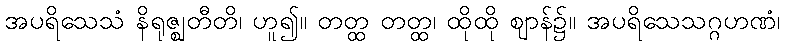
အပရိသေသံ နိရုဇ္ဈတီတိ၊ ဟူ၍။ တတ္ထ တတ္ထ၊ ထိုထို ဈာန်၌။ အပရိသေသဂ္ဂဟဏံ၊